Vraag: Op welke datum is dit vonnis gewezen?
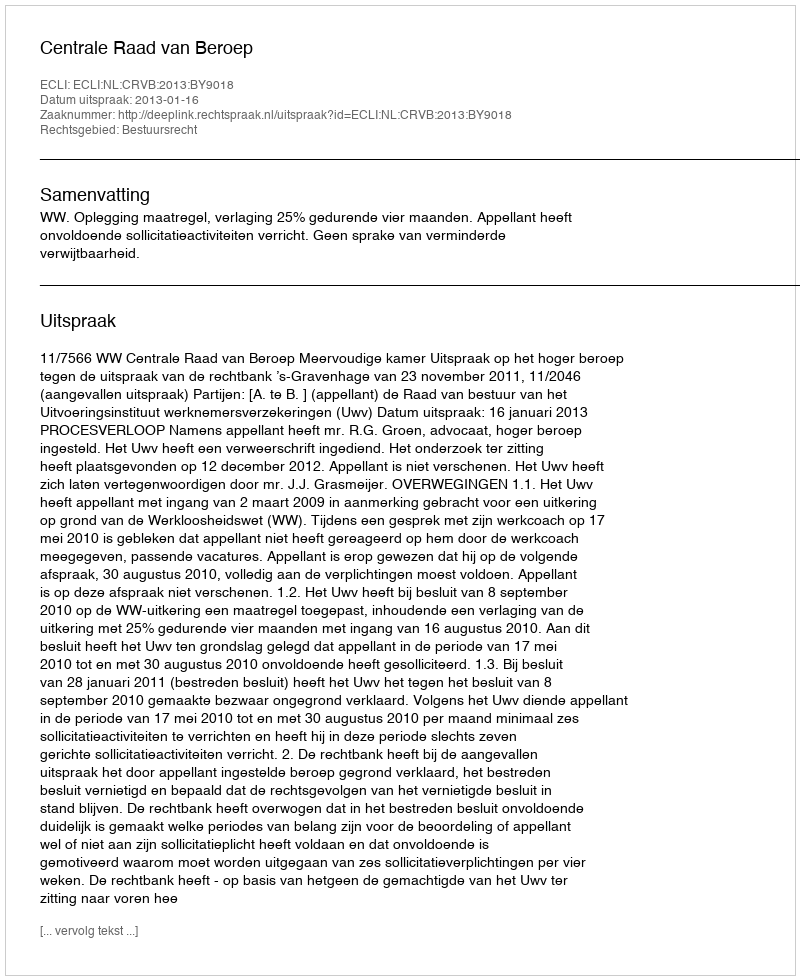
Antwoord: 2013-01-16